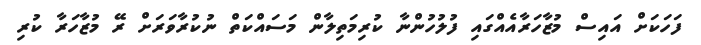
ފަހަކަށް އައިސް މުޒާހަރާއެއްގައި ފުލުހުންނާ ކުރިމަތިލާން މަސައްކަތް ނުކުރާވަރަށް ރޭ މުޒާހަރާ ކުރި